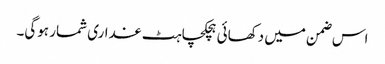
اس ضمن میں دکھائی ہچکچاہٹ غداری شمار ہوگی۔